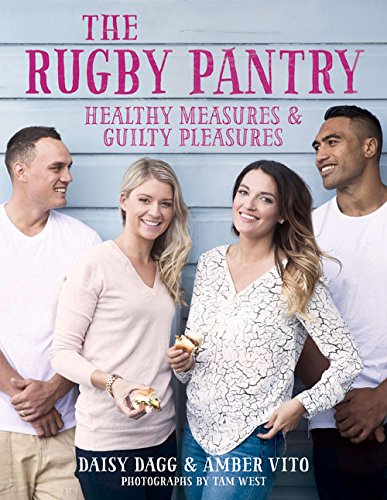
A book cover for The Rugby Pantry: Healthy Measures & Guilty Pleasures; Daisy Dagg; Sports & Outdoors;